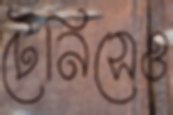
টেনিসেও